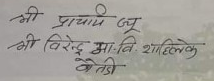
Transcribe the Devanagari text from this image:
श्री प्राचार्य ज्यू
श्री बिरेन्द्र आ.वि. शाहिलेक
बैतडी